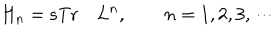
H _ { n } = \mathrm { s T r } \quad L ^ { n } , \qquad n = 1 , 2 , 3 , \cdots